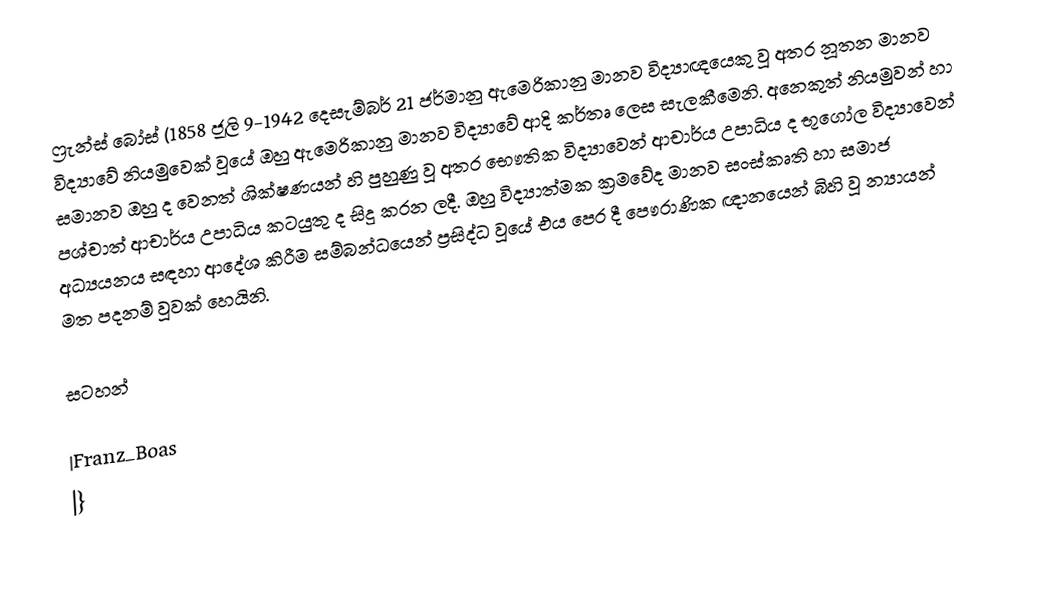
ෆ්‍රැන්ස් බෝස් (1858 ජූලි 9-1942 දෙසැම්බර් 21 ජර්මානු ඇමෙරිකානු මානව විද්‍යාඥයෙකු වූ අතර නූතන මානව විද්‍යාවේ නියමුවෙක් වූයේ ඔහු ඇමෙරිකානු මානව විද්‍යාවේ ආදි කර්තෘ ලෙස සැලකීමෙනි. අනෙකුත් නියමුවන් හා සමානව  ඔහු ද වෙනත් ශික්ෂණයන් හි පුහුණු වූ අතර භෞතික විද්‍යාවෙන් ආචාර්ය උපාධිය ද භූගෝල විද්‍යාවෙන් පශ්චාත් ආචාර්ය උපාධිය කටයුතු ද සිදු කරන ලදී. ඔහු විද්‍යාත්මක ක්‍රමවේද මානව සංස්කෘති හා සමාජ අධ්‍යයනය සඳහා ආදේශ කිරීම සම්බන්ධයෙන් ප්‍රසිද්ධ වූයේ එය පෙර දී පෞරාණික ඥානයෙන් බිහි වූ න්‍යායන් මත පදනම් වූවක් හෙයිනි.

සටහන්

|Franz_Boas
|}